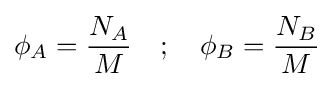
\phi _{A}={\frac {N_{A}}{M}}\quad ;\quad \phi _{B}={\frac {N_{B}}{M}}